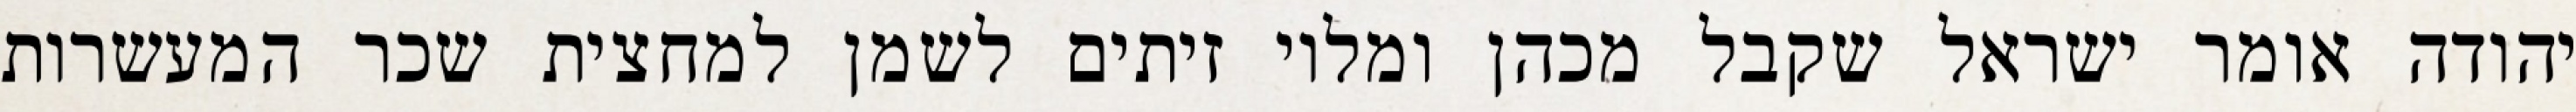
יהודה אומר ישראל שקבל מכהן ומלוי זיתים לשמן למחצית שכר המעשרות